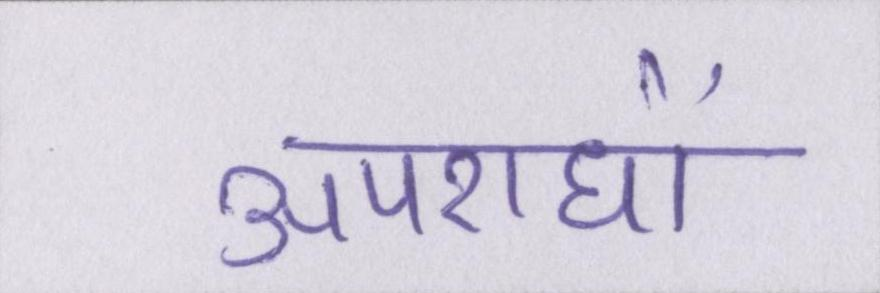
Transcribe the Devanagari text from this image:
अपराधों